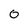
Character: 0